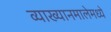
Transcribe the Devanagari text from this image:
व्याख्यानमालेमध्ये